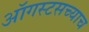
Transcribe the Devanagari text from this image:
ऑगस्टसच्याच